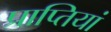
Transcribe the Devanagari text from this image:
प्राप्तियां